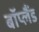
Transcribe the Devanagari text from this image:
बॉप्लैंड